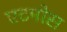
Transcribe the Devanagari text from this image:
एटमोस